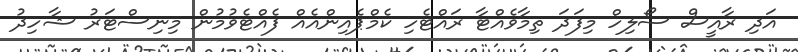
އަދި ރާއީސް ސޯލިހް މިފަދަ ތިމާވެއްޓާ ރައްޓެހި ކެމްޕެއިންއެއް ފެއްޓެވުމުން މިނިސްޓަރު ޝާހިދު